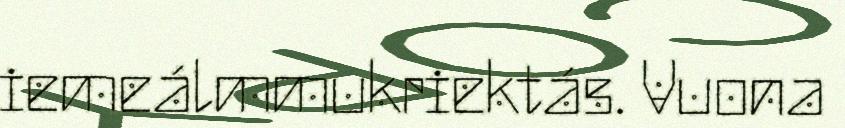
iemeálmmukriektás. Vuona